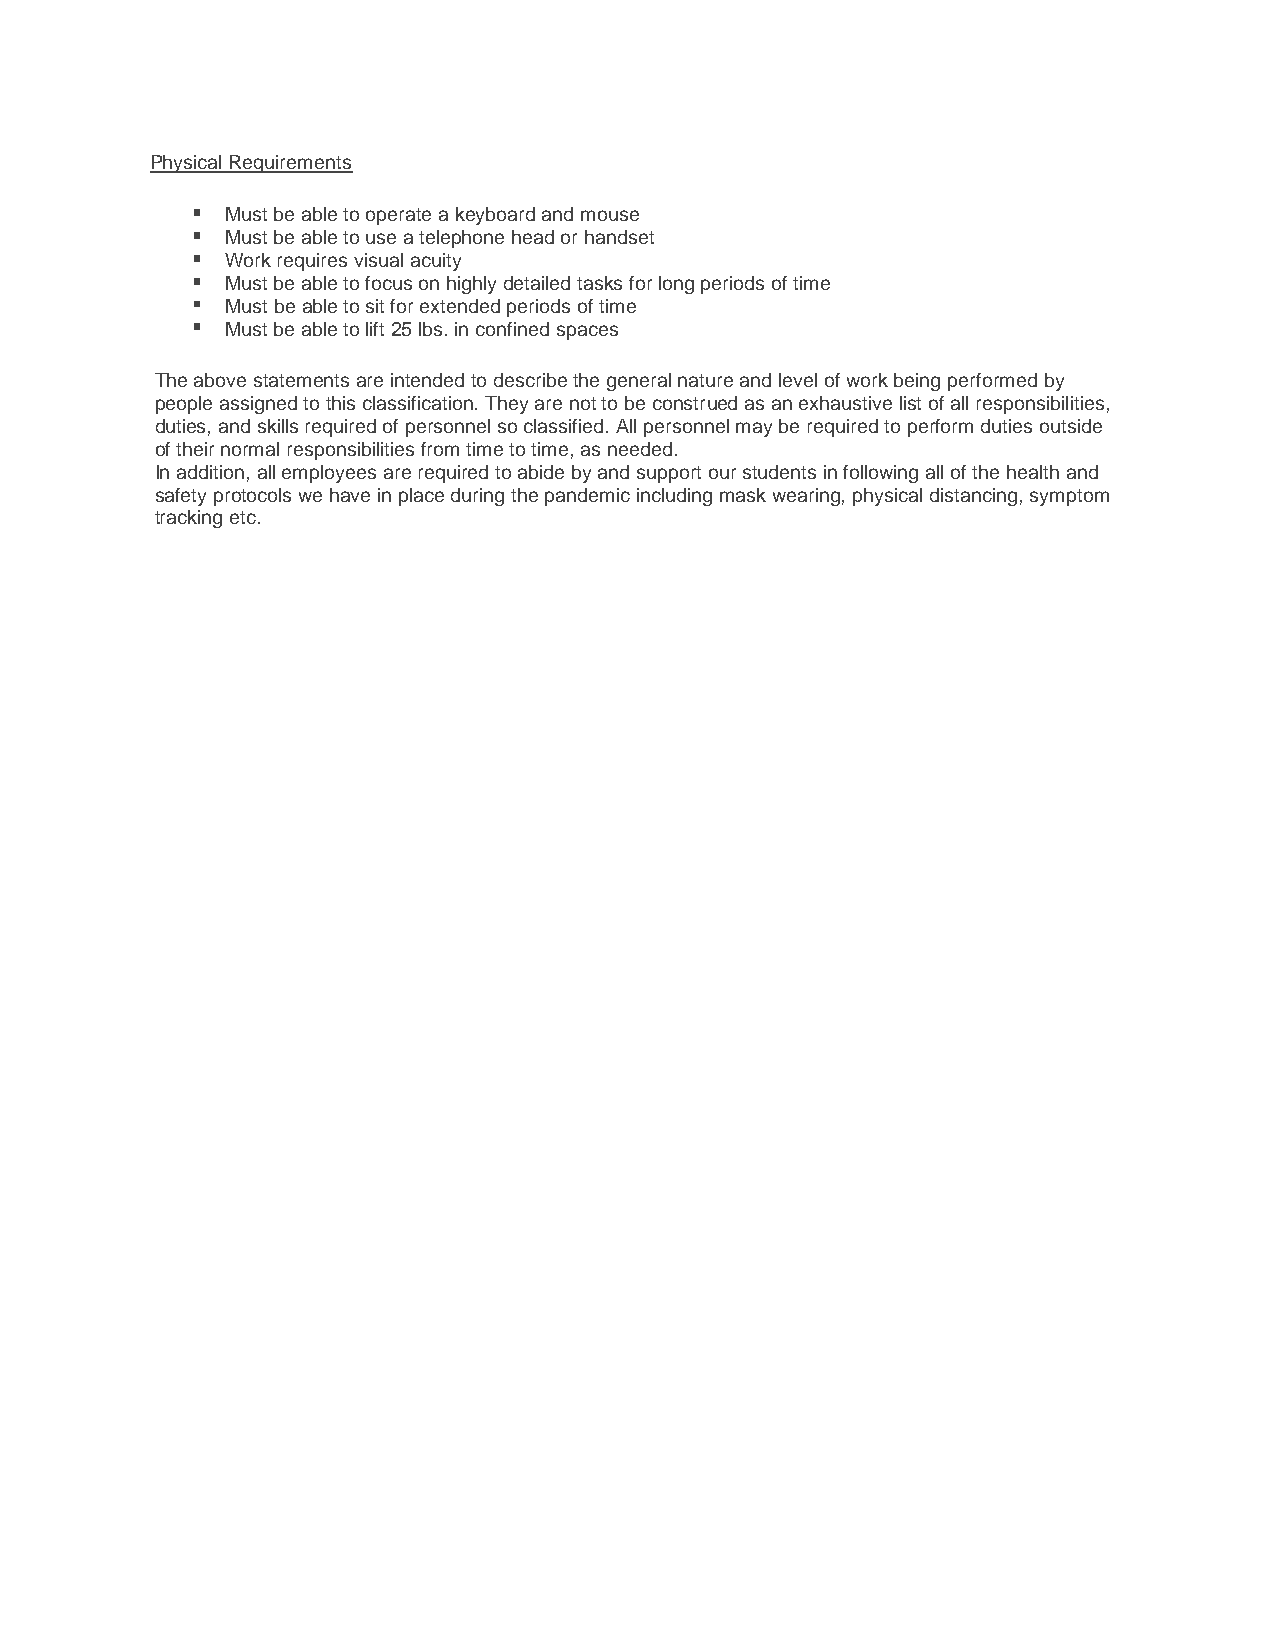
Physical Requirements
 Must be able to operate a keyboard and mouse
 Must be able to use a telephone head or handset
 Work requires visual acuity
 Must be able to focus on highly detailed tasks for long periods of time
 Must be able to sit for extended periods of time
 Must be able to lift 25 lbs. in confined spaces
 The above statements are intended to describe the general nature and level of work being performed by
 people assigned to this classification. They are not to be construed as an exhaustive list of all responsibilities,
 duties, and skills required of personnel so classified. All personnel may be required to perform duties outside
 of their normal responsibilities from time to time, as needed.
 In addition, all employees are required to abide by and support our students in following all of the health and
 safety protocols we have in place during the pandemic including mask wearing, physical distancing, symptom
 tracking etc.